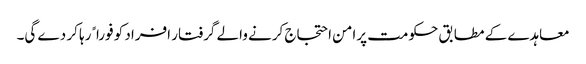
معاہدے کے مطابق حکومت پرامن احتجاج کرنے والے گرفتار افراد کو فوراﹰ رہا کر دے گی۔